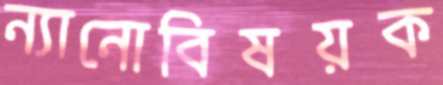
ন্যানোবিষয়ক